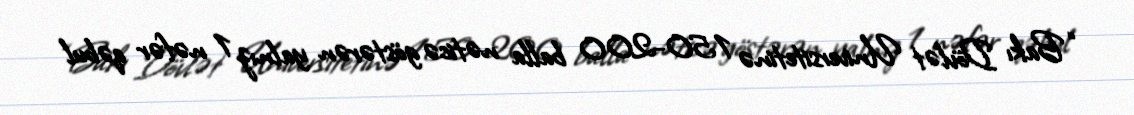
“Bakı Dövlət Universitetinə 150-200 balla nəticə göstərən yalnız 1 nəfər qəbul